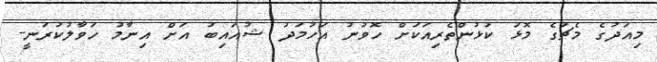
މިއަދުގެ މެޗުގެ މޮޅު ކުޅުންތެރިއަކަށް ހޮވުނު އަހުމަދު ޝުއައިބު އަށް އިނާމު ހަވާލުކުރަނީ-